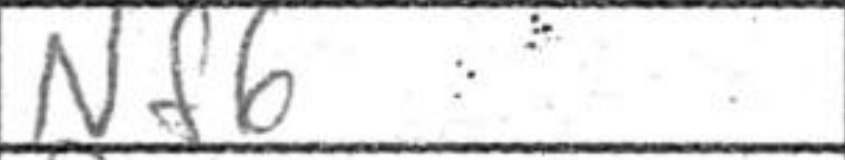
Transcription: Nf6